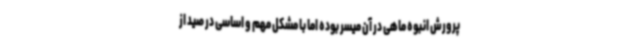
پرورش انبوه ماهی در آن میسر بوده اما با مشکل مهم و اساسی در صید از